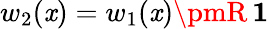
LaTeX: w_{2}(\mathit{x})=w_{1}(\mathit{x})\pmR\, \mathbf{{1}}